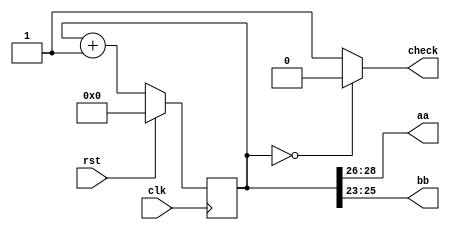
module blinker_7 (
    input clk,
    input rst,
    output reg [2:0] aa,
    output reg [2:0] bb,
    output reg check
  );
  
  
  
  reg [28:0] M_counter_d, M_counter_q = 1'h0;
  
  always @* begin
    M_counter_d = M_counter_q;
    
    check = 1'h1;
    if (M_counter_q == 1'h0) begin
      check = 1'h0;
    end
    aa = M_counter_q[26+2-:3];
    bb = M_counter_q[23+2-:3];
    M_counter_d = M_counter_q + 1'h1;
  end
  
  always @(posedge clk) begin
    if (rst == 1'b1) begin
      M_counter_q <= 1'h0;
    end else begin
      M_counter_q <= M_counter_d;
    end
  end
  
endmodule